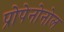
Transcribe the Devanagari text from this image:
प्रोपेनोनोल